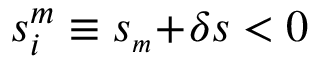
s _ { i } ^ { m } \equiv s _ { { \scriptscriptstyle m } } \! + \! \delta s < 0